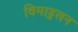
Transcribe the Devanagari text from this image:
विमाडुलन